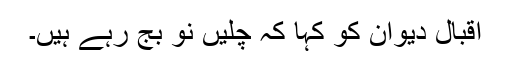
اقبال دیوان کو کہا کہ چلیں نو بج رہے ہیں۔